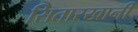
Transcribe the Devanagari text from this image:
सितारखानी